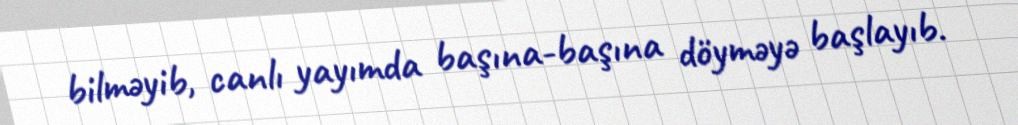
bilməyib, canlı yayımda başına-başına döyməyə başlayıb.